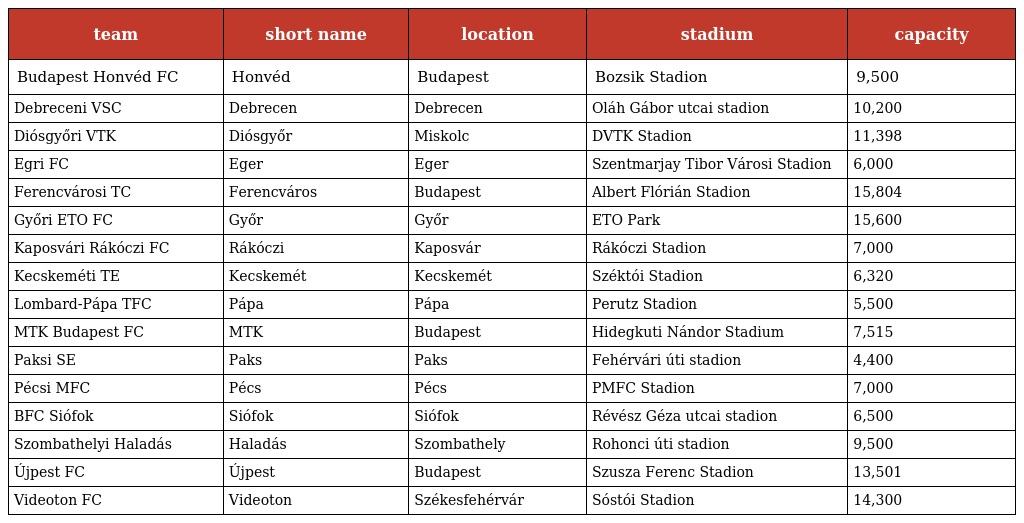
| team | short name | location | stadium | capacity |
 | --- | --- | --- | --- | --- |
 | Budapest Honvéd FC | Honvéd | Budapest | Bozsik Stadion | 9,500 |
 | Debreceni VSC | Debrecen | Debrecen | Oláh Gábor utcai stadion | 10,200 |
 | Diósgyőri VTK | Diósgyőr | Miskolc | DVTK Stadion | 11,398 |
 | Egri FC | Eger | Eger | Szentmarjay Tibor Városi Stadion | 6,000 |
 | Ferencvárosi TC | Ferencváros | Budapest | Albert Flórián Stadion | 15,804 |
 | Győri ETO FC | Győr | Győr | ETO Park | 15,600 |
 | Kaposvári Rákóczi FC | Rákóczi | Kaposvár | Rákóczi Stadion | 7,000 |
 | Kecskeméti TE | Kecskemét | Kecskemét | Széktói Stadion | 6,320 |
 | Lombard-Pápa TFC | Pápa | Pápa | Perutz Stadion | 5,500 |
 | MTK Budapest FC | MTK | Budapest | Hidegkuti Nándor Stadium | 7,515 |
 | Paksi SE | Paks | Paks | Fehérvári úti stadion | 4,400 |
 | Pécsi MFC | Pécs | Pécs | PMFC Stadion | 7,000 |
 | BFC Siófok | Siófok | Siófok | Révész Géza utcai stadion | 6,500 |
 | Szombathelyi Haladás | Haladás | Szombathely | Rohonci úti stadion | 9,500 |
 | Újpest FC | Újpest | Budapest | Szusza Ferenc Stadion | 13,501 |
 | Videoton FC | Videoton | Székesfehérvár | Sóstói Stadion | 14,300 |